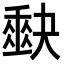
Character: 𭑡